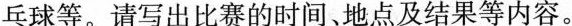
球等。请写出比赛的时间、地点及结果等内容。